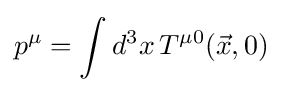
p^{\mu }=\int d^{3}x\,T^{\mu 0}({\vec {x}},0)